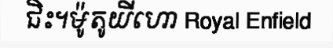
ជិះ។ម៉ូតូយីហោ Royal Enfield